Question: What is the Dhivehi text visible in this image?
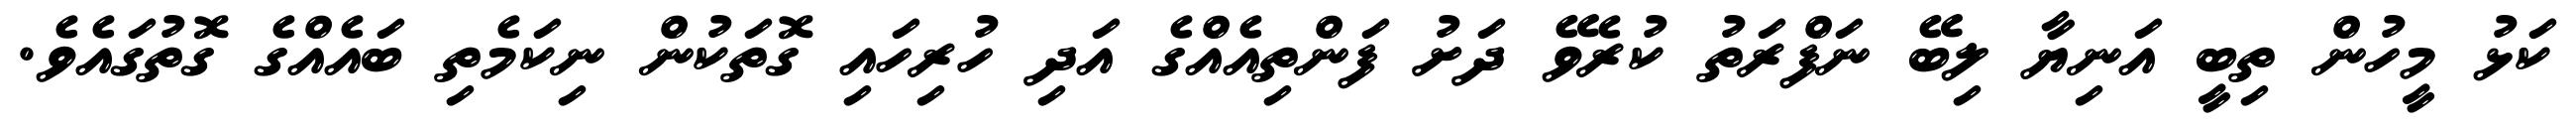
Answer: ކަޅު މީހުން ތިބީ އަނިޔާ ލިބޭ ނަފްރަތު ކުރެވޭ ދަށު ފަންތިއެއްގެ އަދި ހުރިހައި ގޮތަކުން ނިކަމެތި ބައެއްގެ ގޮތުގައެވެ.